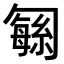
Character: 𫧅